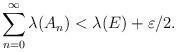
LaTeX: \begin{align*}\sum_{n=0}^{\infty }\lambda (A_{n})<\lambda (E)+\varepsilon /2. \end{align*}